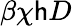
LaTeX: \beta\chi\mathsf{h}D